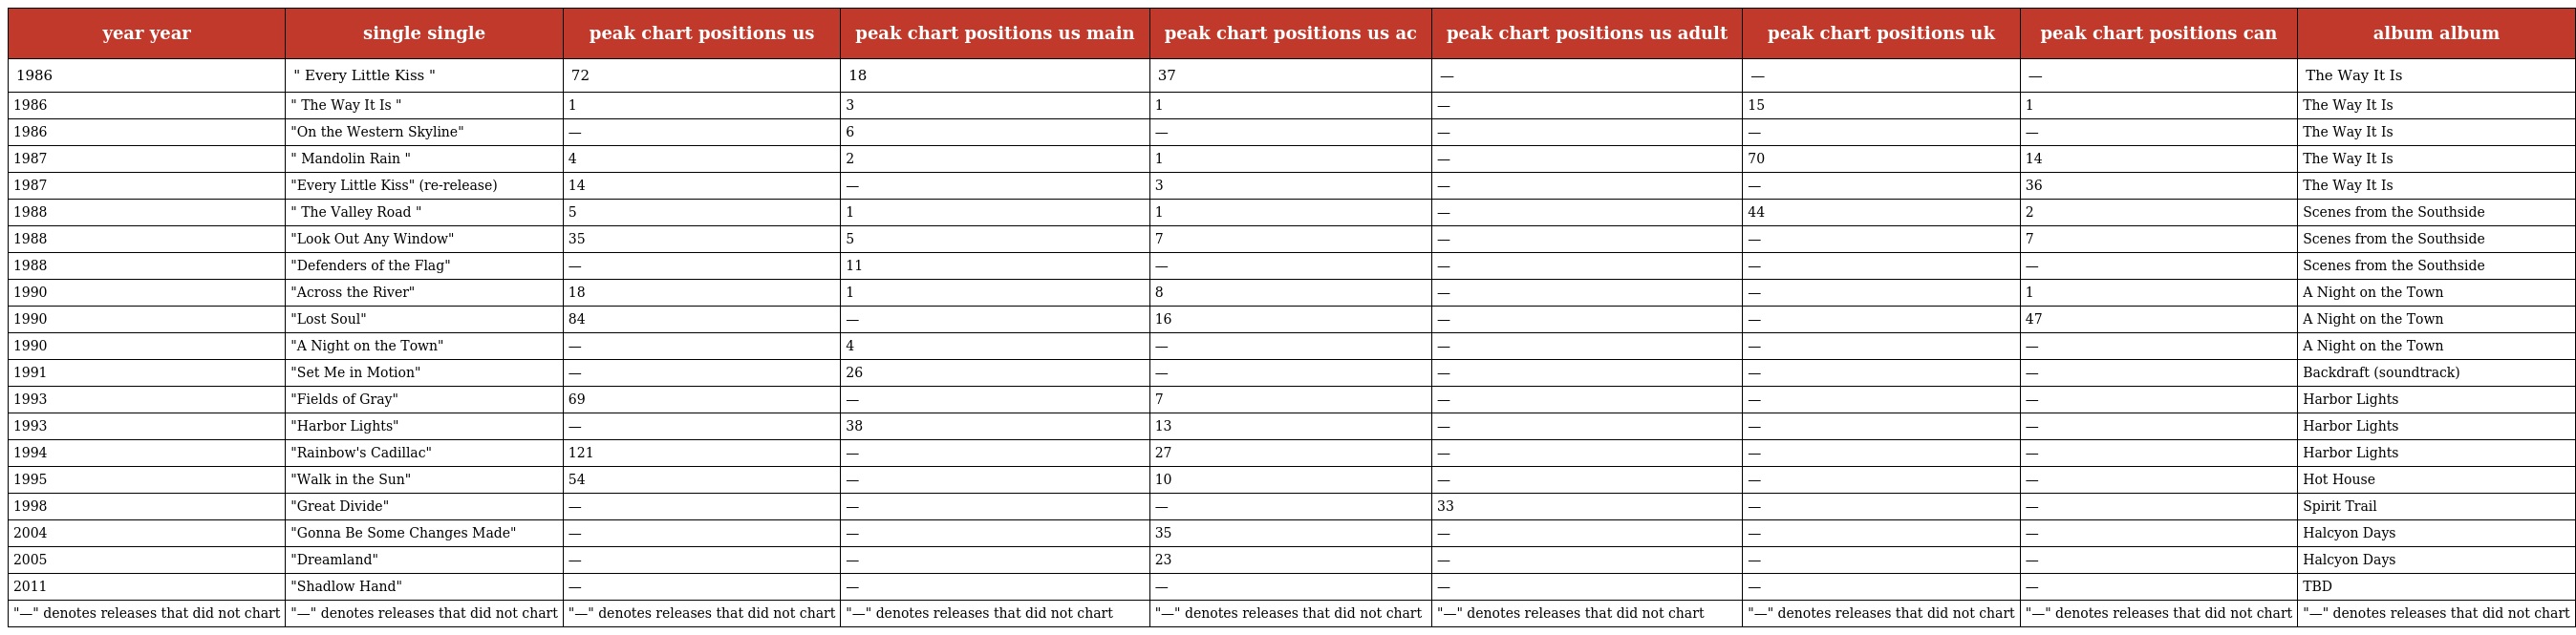
| year year | single single | peak chart positions us | peak chart positions us main | peak chart positions us ac | peak chart positions us adult | peak chart positions uk | peak chart positions can | album album |
 | --- | --- | --- | --- | --- | --- | --- | --- | --- |
 | 1986 | " Every Little Kiss " | 72 | 18 | 37 | — | — | — | The Way It Is |
 | 1986 | " The Way It Is " | 1 | 3 | 1 | — | 15 | 1 | The Way It Is |
 | 1986 | "On the Western Skyline" | — | 6 | — | — | — | — | The Way It Is |
 | 1987 | " Mandolin Rain " | 4 | 2 | 1 | — | 70 | 14 | The Way It Is |
 | 1987 | "Every Little Kiss" (re-release) | 14 | — | 3 | — | — | 36 | The Way It Is |
 | 1988 | " The Valley Road " | 5 | 1 | 1 | — | 44 | 2 | Scenes from the Southside |
 | 1988 | "Look Out Any Window" | 35 | 5 | 7 | — | — | 7 | Scenes from the Southside |
 | 1988 | "Defenders of the Flag" | — | 11 | — | — | — | — | Scenes from the Southside |
 | 1990 | "Across the River" | 18 | 1 | 8 | — | — | 1 | A Night on the Town |
 | 1990 | "Lost Soul" | 84 | — | 16 | — | — | 47 | A Night on the Town |
 | 1990 | "A Night on the Town" | — | 4 | — | — | — | — | A Night on the Town |
 | 1991 | "Set Me in Motion" | — | 26 | — | — | — | — | Backdraft (soundtrack) |
 | 1993 | "Fields of Gray" | 69 | — | 7 | — | — | — | Harbor Lights |
 | 1993 | "Harbor Lights" | — | 38 | 13 | — | — | — | Harbor Lights |
 | 1994 | "Rainbow's Cadillac" | 121 | — | 27 | — | — | — | Harbor Lights |
 | 1995 | "Walk in the Sun" | 54 | — | 10 | — | — | — | Hot House |
 | 1998 | "Great Divide" | — | — | — | 33 | — | — | Spirit Trail |
 | 2004 | "Gonna Be Some Changes Made" | — | — | 35 | — | — | — | Halcyon Days |
 | 2005 | "Dreamland" | — | — | 23 | — | — | — | Halcyon Days |
 | 2011 | "Shadlow Hand" | — | — | — | — | — | — | TBD |
 | "—" denotes releases that did not chart | "—" denotes releases that did not chart | "—" denotes releases that did not chart | "—" denotes releases that did not chart | "—" denotes releases that did not chart | "—" denotes releases that did not chart | "—" denotes releases that did not chart | "—" denotes releases that did not chart | "—" denotes releases that did not chart |